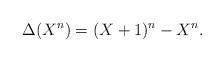
LaTeX: \begin{align*} \Delta(X^n) = (X+1)^n - X^n.\end{align*}